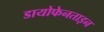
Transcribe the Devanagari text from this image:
डायोफेनताइन